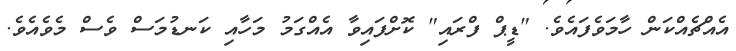
އެއްޗެއްކަން ހާމަވެފައެވެ. "ޑީޕް ފްރައި" ކޮށްފައިވާ އެއްގަމު މަހާއި ކަނޑުމަސް ވެސް މެވެއެވެ.